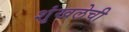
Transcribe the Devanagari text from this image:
शृंखलेची